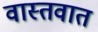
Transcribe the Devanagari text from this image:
वास्‍तवात